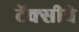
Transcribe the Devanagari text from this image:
टॅक्सीवे